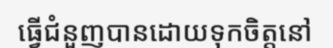
ធ្វើជំនួញបានដោយទុកចិត្តនៅ